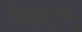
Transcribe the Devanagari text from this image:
बेख्ट्रयू